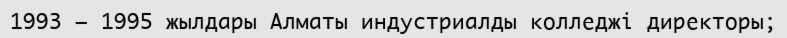
1993 – 1995 жылдары Алматы индустриалды колледжі директоры;